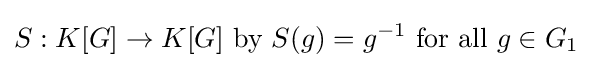
S:K[G]\to K[G]~{\text{by}}~S(g)=g^{-1}~{\text{for all}}~g\in G_{1}